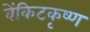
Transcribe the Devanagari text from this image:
वेंकिटकृष्ण